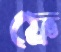
ফে